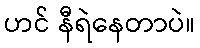
ဟင် နီရဲနေတာပဲ။